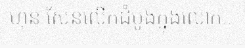
ហ៊ុន សែនលើកដំបូងក្នុងលោក!!